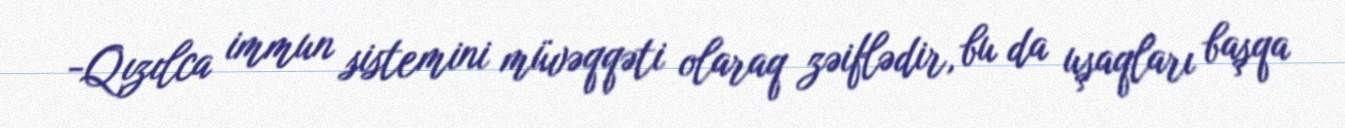
-Qızılca immun sistemini müvəqqəti olaraq zəiflədir, bu da uşaqları başqa